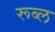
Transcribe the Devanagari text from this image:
रूब्ल